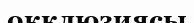
окклюзиясы